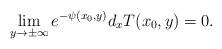
\begin{align*}\lim_{y\to \pm \infty} e^{-\psi(x_0,y)} d_xT(x_0,y) = 0.\end{align*}